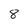
Character: 8